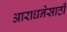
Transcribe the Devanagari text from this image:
आराधनेसाठी